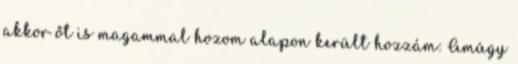
akkor őt is magammal hozom alapon került hozzám: Amúgy